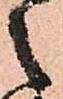
之